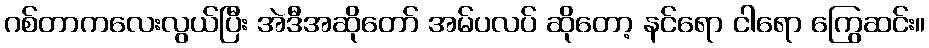
ဂစ်တာကလေးလွယ်ပြီး အဲဒီအဆိုတော် အမ်ပလပ် ဆိုတော့ နင်ရော ငါရော ကြွေဆင်း။